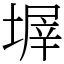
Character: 𡎰